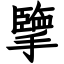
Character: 擥